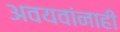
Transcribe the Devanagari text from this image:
अवयवांनाही